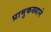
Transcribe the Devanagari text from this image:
प्रामुकख्याने